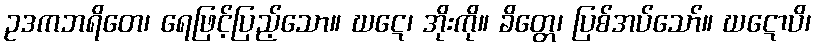
ဥဒကဘရိတေ၊ ရေဖြင့်ပြည့်သော။ ဃဋေ၊ အိုးကို။ ခိတ္တေ၊ ပြစ်အပ်သော်။ ဃဋောပိ၊